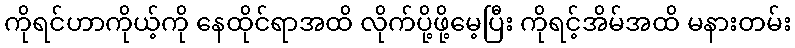
ကိုရင်ဟာကိုယ့်ကို နေထိုင်ရာအထိ လိုက်ပို့ဖို့မေ့ပြီး ကိုရင့်အိမ်အထိ မနားတမ်း